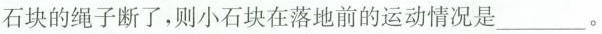
石块的绳子断了，则小石块在落地前的运动情况是___。